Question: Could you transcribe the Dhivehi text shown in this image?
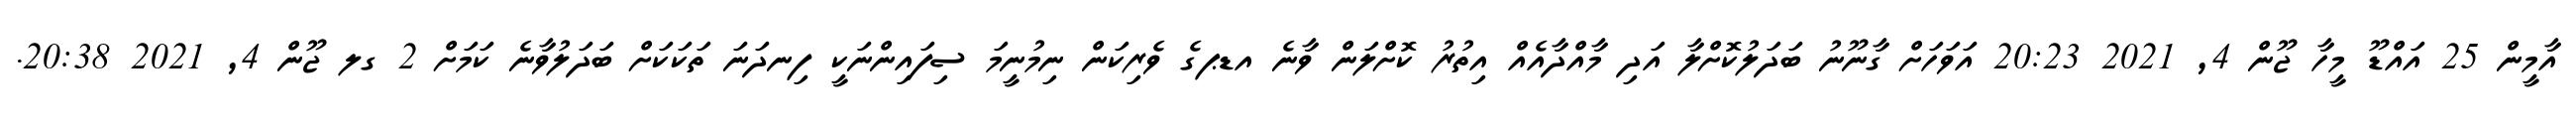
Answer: އާމީން 25 އައްޑޫ މީހާ ޖޫން 4, 2021 20:23 އަވަހަށް ގާނޫނު ބަދަލުކޮށްލާ އަދި މާއްދާއެއް އިތުރު ކޮށްލަން ވާނެ އޑޕގެ ވެރިކަން ނިމުނީމަ ސިފައިންނަކީ ފިނދަނަ ތަކަކަށް ބަދަލުވާނެ ކަމަށް 2 ގލ ޖޫން 4, 2021 20:38.